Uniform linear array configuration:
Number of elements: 16
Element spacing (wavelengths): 0.25
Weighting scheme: uniform
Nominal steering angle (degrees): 45
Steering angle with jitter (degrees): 43.324
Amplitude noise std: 0.05
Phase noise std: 0.05

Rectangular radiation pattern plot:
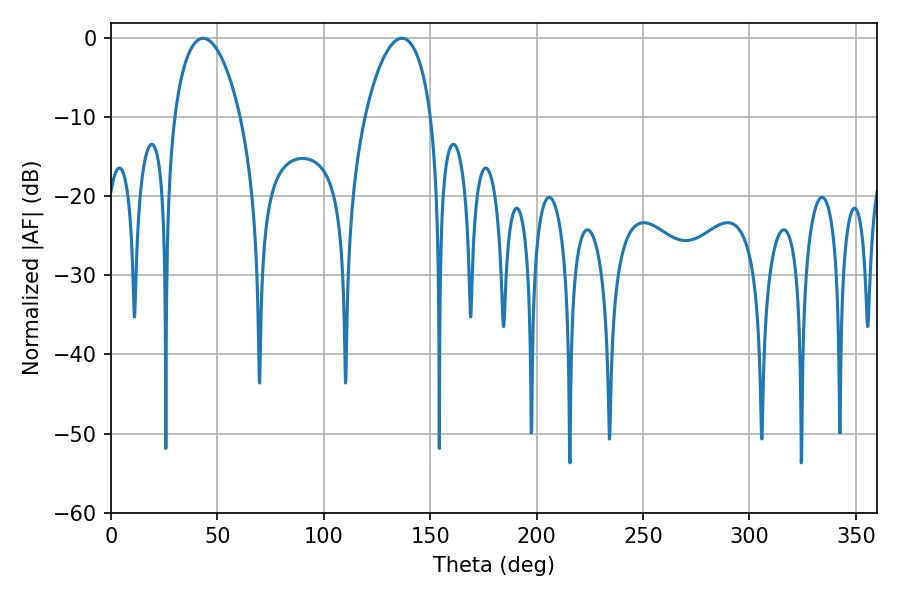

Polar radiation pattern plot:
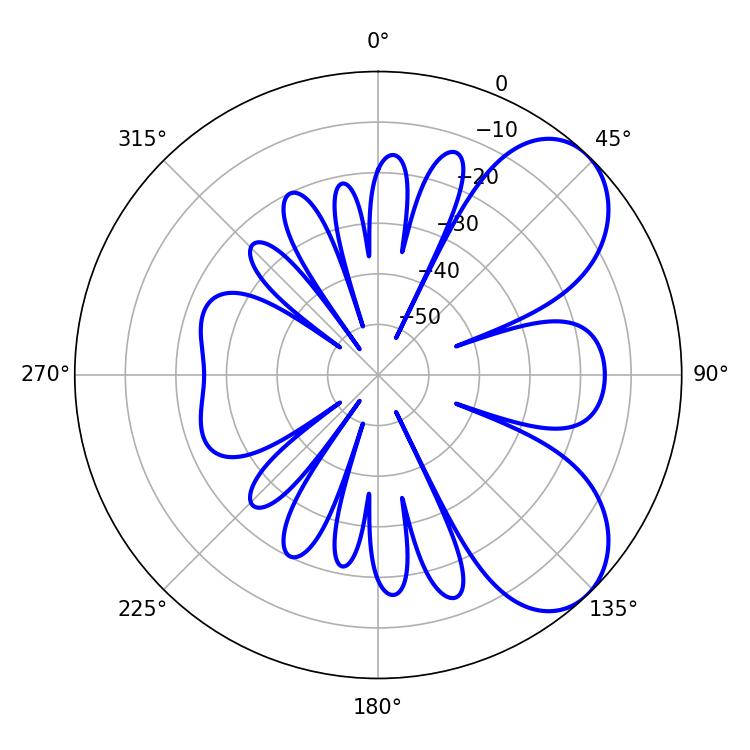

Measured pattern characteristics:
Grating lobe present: FALSE
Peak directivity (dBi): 6.403
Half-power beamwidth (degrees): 17.64
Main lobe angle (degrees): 43.2